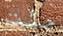
جئت